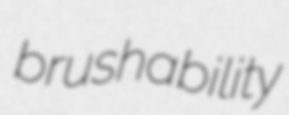
brushability